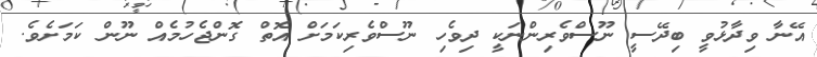
އޭނާ ވިދާޅުވީ ބިދޭސީ ނޫސްވެރިންނަކީ ދިވެހި ނޫސްވެރިކަމަށް އޮތް ގޮންޖެހުމެއް ނޫން ކަމަށެވެ.